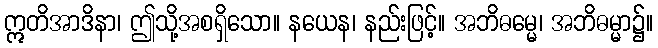
ဣတိအာဒိနာ၊ ဤသို့အစရှိသော။ နယေန၊ နည်းဖြင့်။ အဘိဓမ္မေ၊ အဘိဓမ္မာ၌။